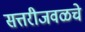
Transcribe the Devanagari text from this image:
सत्तरीजवळचे